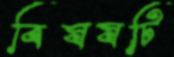
বিষষটি